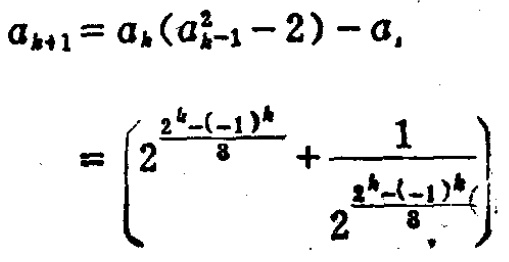
例6 若等比数列\(\{a_{n}\}\)的前\(7\)项和为\(48\),前\(14\)项和为\(60\),则前\(21\)项和为 （